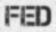
FED